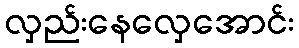
လှည်းနေလှေအောင်း